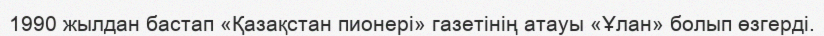
1990 жылдан бастап «Қазақстан пионері» газетінің атауы «Ұлан» болып өзгерді.